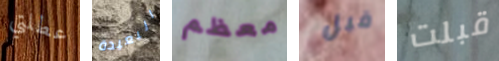
عطلتي البعيدة معظم قبل قبلت